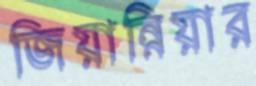
জিয়ান্নিয়ার